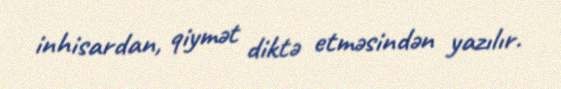
inhisardan, qiymət diktə etməsindən yazılır.